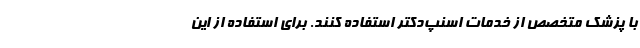
با پزشک متخصص از خدمات اسنپ‌دکتر استفاده کنند. برای استفاده از این